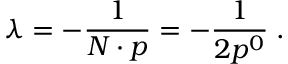
\lambda = - \frac { 1 } { N \cdot p } = - \frac { 1 } { 2 p ^ { 0 } } \; .